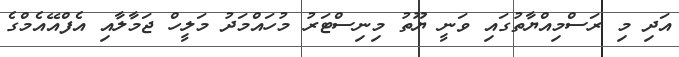
އަދި މި ރަސްމިއްޔާތުގައި ވަނީ ޔޫތު މިނިސްޓަރު މުހައްމަދު މަލީހް ޖަމާލާއި އެފްއޭއެމްގެ